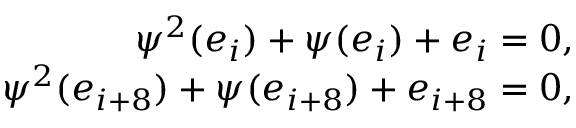
\begin{array} { r } { \psi ^ { 2 } ( e _ { i } ) + \psi ( e _ { i } ) + e _ { i } = 0 , } \\ { \psi ^ { 2 } ( e _ { i + 8 } ) + \psi ( e _ { i + 8 } ) + e _ { i + 8 } = 0 , } \end{array}